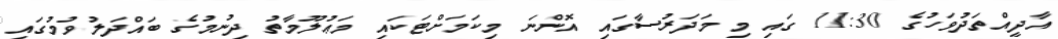
އާދީއްތަދުވަހުގެ 11:30 ގައި މި މަދަރުސާގައި އޮންނަ މިކަމަށްޓަކައި މަޢުލޫމާތު ދިނުމުގެ ބައްދަލުވުމުގައި